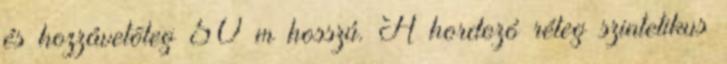
és hozzávetõleg 50 m hosszú. A hordozó réteg szintetikus